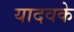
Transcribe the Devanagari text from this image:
यादवके